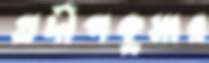
প্রদীপকুমার